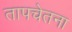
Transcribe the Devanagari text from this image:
तापचेतना